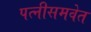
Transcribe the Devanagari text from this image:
पत्‍नीसमवेत